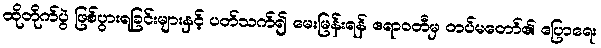
ထိုတိုက်ပွဲ ဖြစ်ပွားရခြင်းများနှင့် ပတ်သက်၍ မေးမြန်းရန် ဧရာဝတီမှ တပ်မတော်၏ ပြောရေး